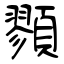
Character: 顟